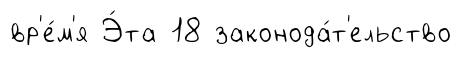
вр'е́м'я Э́та 18 законода́т'ельство